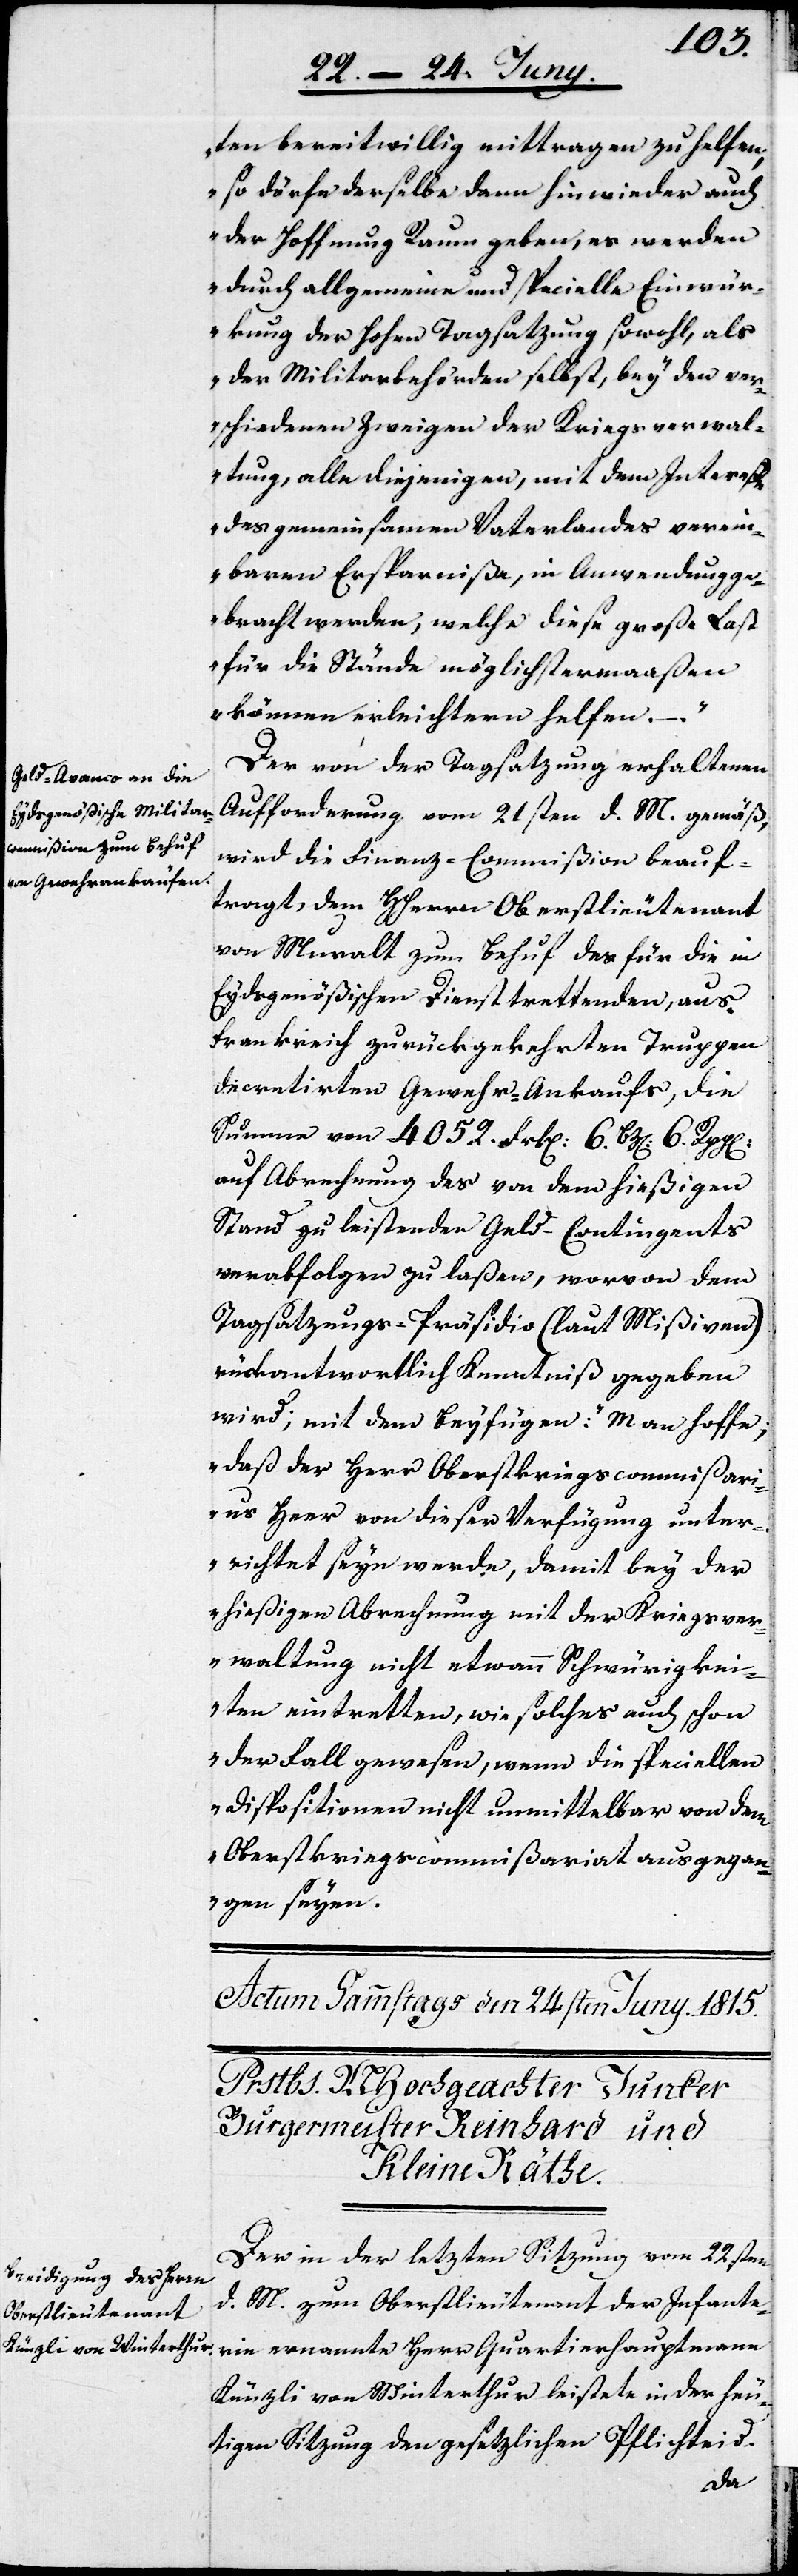
ten bereitwillig mittragen zu helfen,
so dörfe derselbe dann hinwieder auch
der Hoffnung Raum geben, es werde
durch allgemeine und specielle Einwür¬
kung der Hohen Tagsatzung sowohl, als
der Militarbehörde selbst, bey den ver¬
schiedenen Zweigen der Kriegsverwal¬
tung, alle diejenigen, mit dem Intereße
des gemeinsamen Vaterlandes verein¬
baren Ersparniße in Anwendung ge¬
bracht werden, welche diese große Last
für die Stände möglichstermaaßen
können erleichtern helfen.
Der von der Tagsatzung erhaltenen
Aufforderung vom 21sten d. M. gemäß,
wird die Finanz-Commißion beauf¬
tragt, dem HHerrn Oberstlieutenant
von Muralt zum Behuf des für die in
Eydsgenößischen Dienst trettenden, aus
Frankreich zurückgekehrten Truppen
decretierten Gewehr-Ankaufs, die
Summe vom 4052. Frk[en]. 6. Bz[en]. 6. Rpp[e¬
auf Abrechnung des von dem hießigen
Stand zu leistenden Geld-Contingents
verabfolgen zu laßen, worvon dem
Tagsatzungs-Präsidio (laut Mißiven)
rückantwortlich Kenntniß gegeben
wird; mit dem Beyfügen: „Man hoffe,
daß der Herr Oberstkriegscommißari¬
us Heer von dieser Verfügung unter¬
richtet seyn werde, damit bey der
hießigen Abrechnung mit der Kriegsver¬
waltung nicht etwann Schwürigkei¬
ten eintretten, wie solches auch schon
der Fall gewesen, wenn die speciellen
Dispositionen nicht unmittelbar von dem
Oberstkriegscommißariat ausgegan¬
gen seyen.“
Der in der letzten Sitzung vom 22sten
d. M. zum Oberstlieutenant der Infante¬
rie ernannte Herr Quartierhauptmann
Künzli von Winterthur leistete in der heu¬
tigen Sitzung den gesetzlichen Pflichteid.
n].